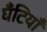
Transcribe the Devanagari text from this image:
घँटियाँ